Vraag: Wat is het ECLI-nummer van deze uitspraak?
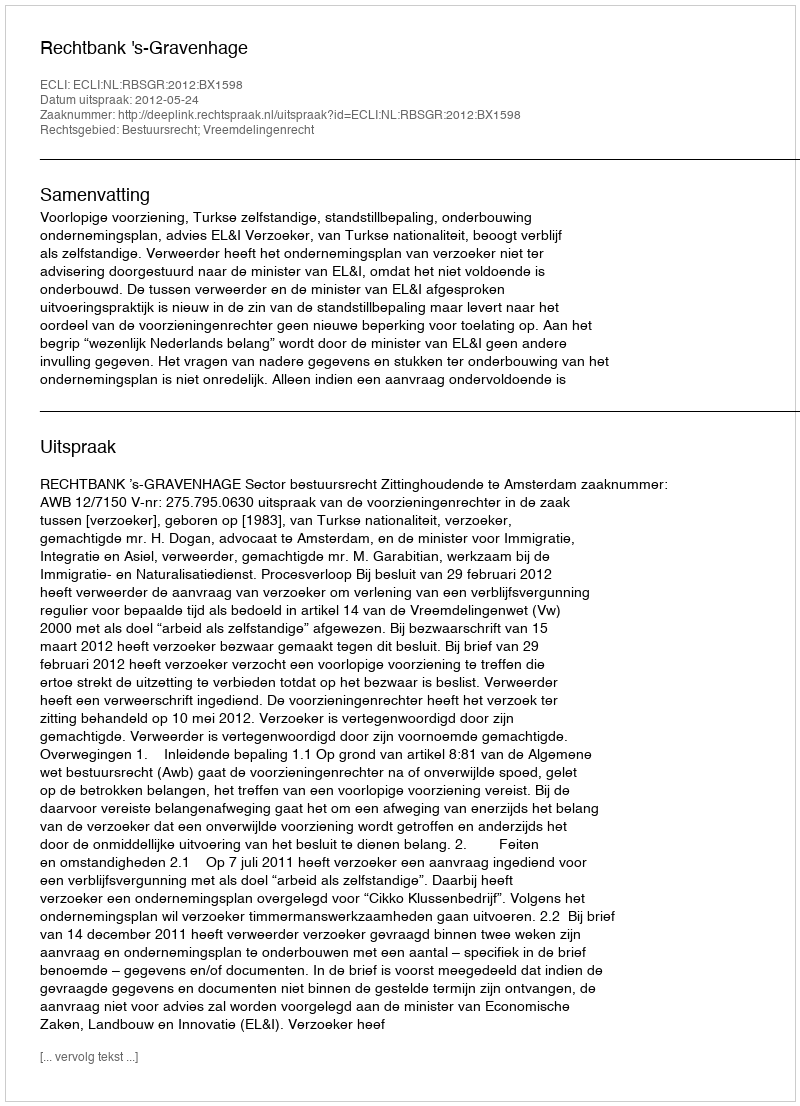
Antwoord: ECLI:NL:RBSGR:2012:BX1598